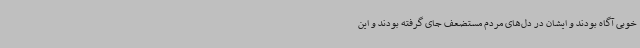
خوبی آگاه بودند و ایشان در دل‌های مردم مستضعف جای گرفته بودند و این